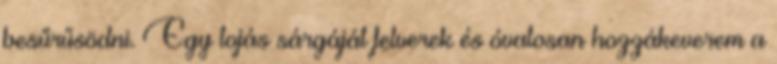
besűrűsödni. Egy tojás sárgáját felverek és óvatosan hozzákeverem a